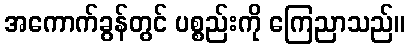
အကောက်ခွန်တွင် ပစ္စည်းကို ကြေညာသည်။